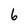
Character: 6